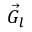
\vec { G } _ { l }